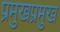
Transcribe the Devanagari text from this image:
प्रमुखप्रमुख